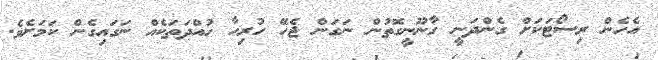
އެހެން ރިސޯޓަކަށް ގެންދަނީ ގާނޫނީގޮތުން ނަގަން ޖެހޭ ހުރިހާ ހުއްދަތަކެއް ނަގައިގެން ކަމަށެވެ.